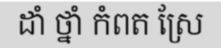
ដាំ ថ្នាំ កំពត ស្រែ